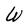
Character: W